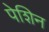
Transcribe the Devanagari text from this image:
पेशिन